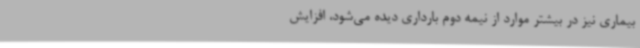
بیماری نیز در بیشتر موارد از نیمه دوم بارداری دیده می‌شود، افزایش